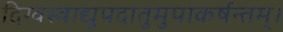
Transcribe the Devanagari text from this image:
दिग्वस्त्राद्युपदातुमुपाकर्षन्तम्‌।